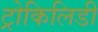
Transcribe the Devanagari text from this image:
ट्रोकिलिडी